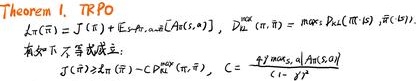
\begin{align*}
&\text{Theorem 1. TRPO}\\
&L_{\pi}(\tilde{\pi}) = J(\pi) + \mathbb{E}_{s \sim \rho_{\pi}, a \sim \pi}[A(s, a)], \quad D_{\mathrm{KL}}^{\max }(\pi, \tilde{\pi})=\max _{s} D_{\mathrm{KL}}(\pi(\cdot \mid s), \tilde{\pi}(\cdot \mid s)) .\\
&\text{有如下不等式成立：}\\
&L_{\pi}(\tilde{\pi}) \geq L_{\pi}(\pi)-C D_{\mathrm{KL}}^{\max }(\pi, \tilde{\pi}), \quad C=\sup _{(s, a)} \frac{\left|A(s, a)\right|}{(1-\gamma)}
\end{align*}